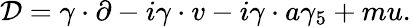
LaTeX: {\cal D}=\gamma\cdot\partial-i\gamma\cdot v-i\gamma\cdot a\gamma_{5}+mu.